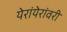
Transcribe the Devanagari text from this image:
येरांयेरांवरी